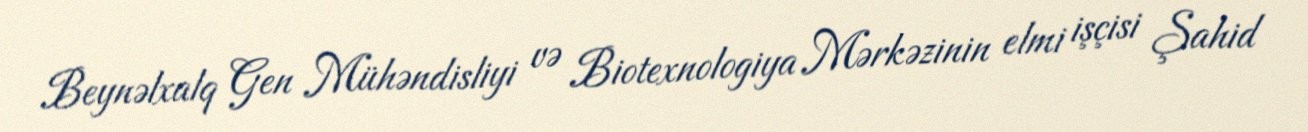
Beynəlxalq Gen Mühəndisliyi və Biotexnologiya Mərkəzinin elmi işçisi Şahid